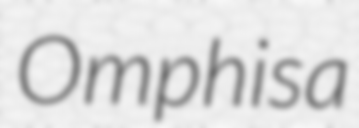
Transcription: Omphisa